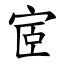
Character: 宧